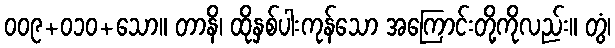
၀၀၉+၀၁၀+သော။ တာနိ၊ ထိုနှစ်ပါးကုန်သော အကြောင်းတို့ကိုလည်း။ တွံ၊